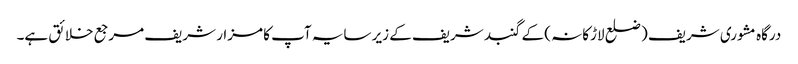
درگاہ مشوری شریف ( ضلع لاڑکانہ ) کے گنبد شریف کے زیر سایہ آپ کا مزار شریف مرجع خلائق ہے۔